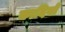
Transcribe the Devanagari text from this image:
कादियों